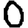
Digit: 0